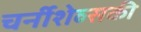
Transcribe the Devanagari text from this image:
चर्नीशेव्सकी